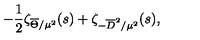
- { \frac { 1 } { 2 } } \zeta _ { \overline { { \Theta } } / \mu ^ { 2 } } ( s ) + \zeta _ { - \overline { { D } } ^ { 2 } / \mu ^ { 2 } } ( s ) ,